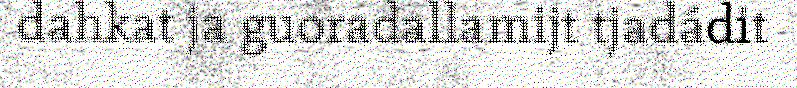
dahkat ja guoradallamijt tjadádit